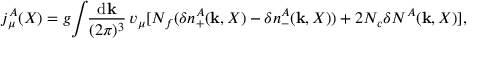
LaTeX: j _ { \mu } ^ { A } ( X ) = g \! \int \! \! \frac { \mathrm { d } { \mathbf k } } { ( 2 \pi ) ^ { 3 } } \, v _ { \mu } [ N _ { f } ( \delta n _ { + } ^ { A } ( { \mathbf k } , X ) - \delta n _ { - } ^ { A } ( { \mathbf k } , X ) ) + 2 N _ { c } \delta N ^ { A } ( { \mathbf k } , X ) ] ,